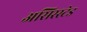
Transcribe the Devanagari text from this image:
असिस्स्टेड